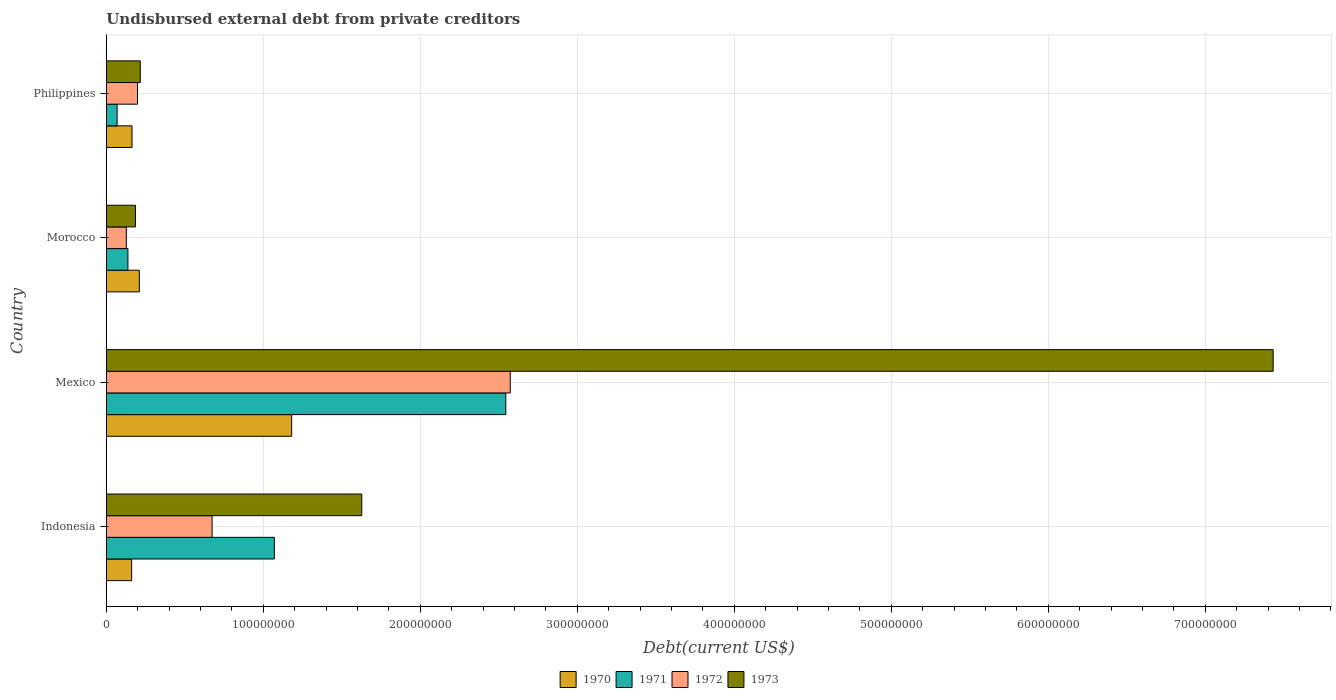
| Country | 1970 | 1971 | 1972 | 1973 |
 | --- | --- | --- | --- | --- |
 | Indonesia | 1.61e+07 | 1.07e+08 | 6.74e+07 | 1.63e+08 |
 | Mexico | 1.18e+08 | 2.54e+08 | 2.57e+08 | 7.43e+08 |
 | Morocco | 2.1e+07 | 1.37e+07 | 1.27e+07 | 1.86e+07 |
 | Philippines | 1.64e+07 | 6.87e+06 | 1.99e+07 | 2.16e+07 |